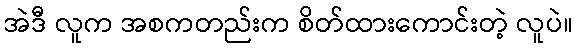
အဲဒီ လူက အစကတည်းက စိတ်ထားကောင်းတဲ့ လူပဲ။